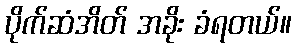
ပိုက်ဆံအိတ် အခိုး ခံရတယ်။